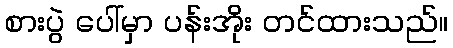
စားပွဲ ပေါ်မှာ ပန်းအိုး တင်ထားသည်။